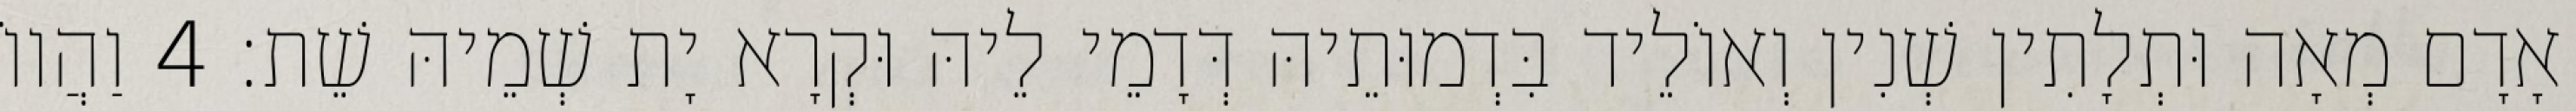
אָדָם מְאָה וּתְלָתִין שְׁנִין וְאוֹלֵיד בִּדְמוּתֵיהּ דְּדָמֵי לֵיהּ וּקְרָא יָת שְׁמֵיהּ שֵׁת׃ 4 וַהֲווֹ